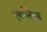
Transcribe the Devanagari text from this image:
एथीनियम